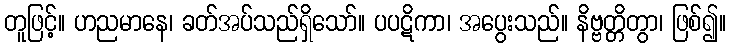
တူဖြင့်။ ဟညမာနေ၊ ခတ်အပ်သည်ရှိသော်။ ပပဋိကာ၊ အပွေးသည်။ နိဗ္ဗတ္တိတွာ၊ ဖြစ်၍။